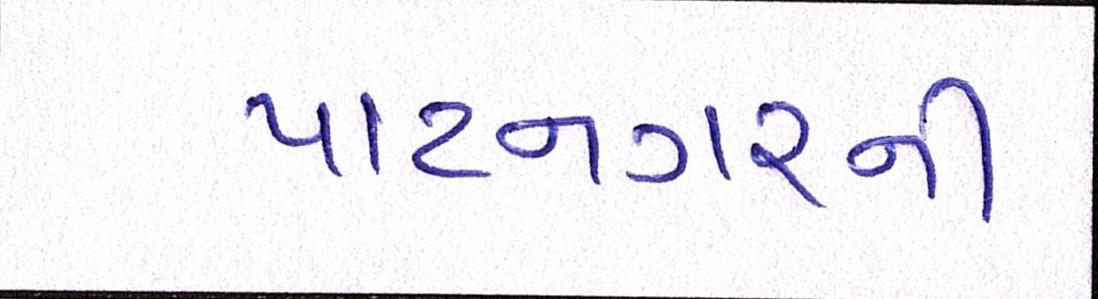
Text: પાટનગરની